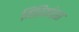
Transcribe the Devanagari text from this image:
मिरियांद्रस